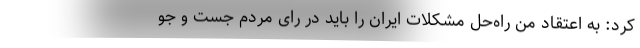
کرد: به اعتقاد من راه‌حل مشکلات ایران را باید در رای مردم جست و جو